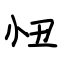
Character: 忸